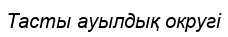
Тасты ауылдық округі